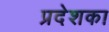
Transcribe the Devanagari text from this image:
प्रदेशका